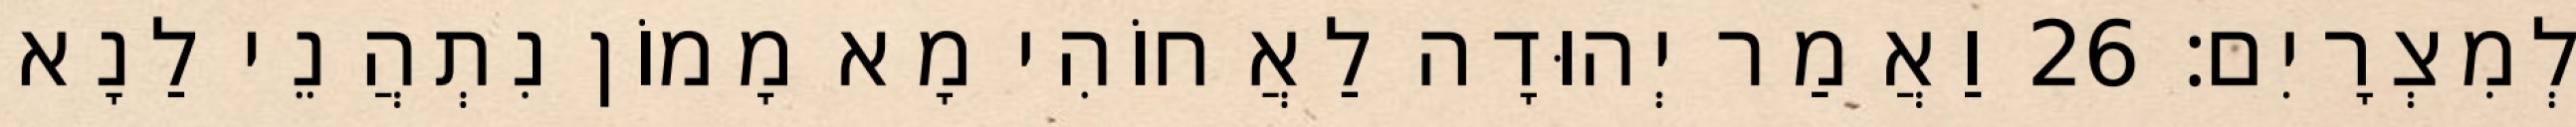
לְמִצְרָיִם׃ 26 וַאֲמַר יְהוּדָה לַאֲחוֹהִי מָא מָמוֹן נִתְהֲנֵי לַנָא